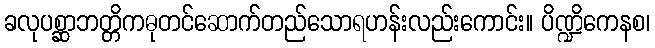
ခလုပစ္ဆာဘတ္တိကဓုတင်ဆောက်တည်သောရဟန်းလည်းကောင်း။ ပိဏ္ဍိကေနစ၊